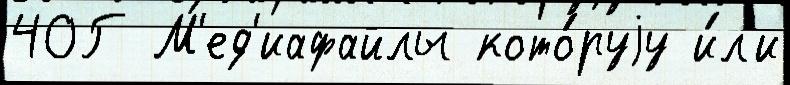
40Г М'ед'иафайлы кото́руjу и́л'и